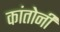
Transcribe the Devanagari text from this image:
कांतोनी